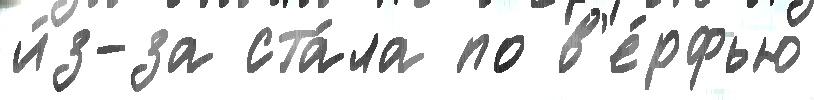
и́з-за ста́ла по в'е́рфью